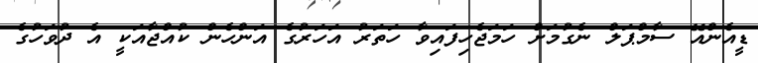
ޑީއެންއޭ ސާމްޕަލް ނެގުމަށް ހަމަޖެހިފައިވާ ހަތަރު އަހަރުގެ އަންހެން ކުއްޖާއަކީ އެ ދުވަހުގެ